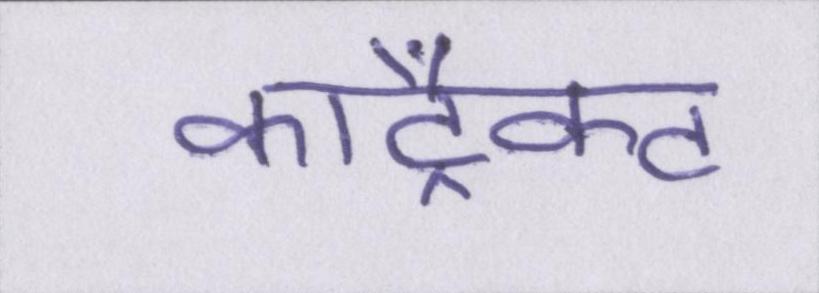
कांट्रैक्ट